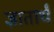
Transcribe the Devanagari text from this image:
ज्ञातार्थं